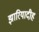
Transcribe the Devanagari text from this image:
झारियादीह